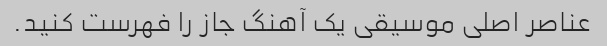
عناصر اصلی موسیقی یک آهنگ جاز را فهرست کنید.